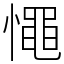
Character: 憴